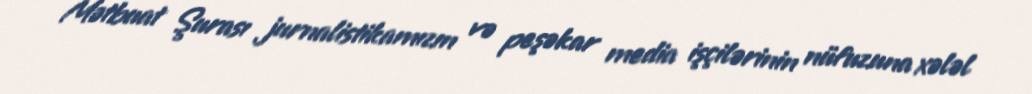
Mətbuat Şurası jurnalistikamızın və peşəkar media işçilərinin nüfuzuna xələl